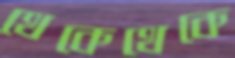
থেকেথেকে